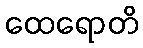
ထေရောတိ